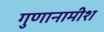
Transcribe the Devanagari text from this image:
गुणानामीश